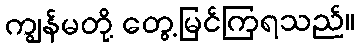
ကျွန်မတို့ တွေ့မြင်ကြရသည်။